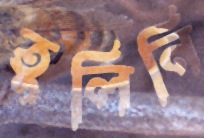
তুলিনি